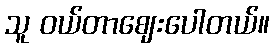
သူ ဝယ်တာဈေးပေါတယ်။